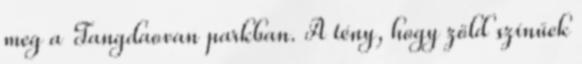
meg a Tangdaovan parkban. A tény, hogy zöld színűek